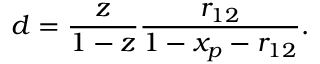
d = \frac { z } { 1 - z } \frac { r _ { 1 2 } } { 1 - x _ { p } - r _ { 1 2 } } .